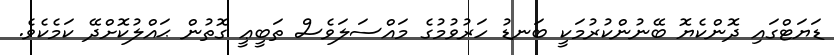
ޑަޔަޓްގައި ދޮންކެޔޮ ބޭނުންކުރުމަކީ ބަނޑު ހަރުވުމުގެ މައްސަލަވެސް ތަބީޢީ ގޮތުން ޙައްލުކޮށްދޭ ކަމެކެވެ.